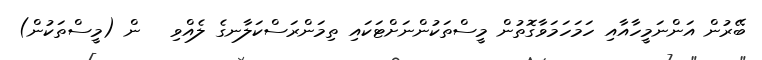
ބޭރުން އަންނަމީހާއާއި ހަމަހަމަވާގޮތުން މީސްތަކުންނަށްޓަކައި ތިމަންރަސްކަލާނގެ ލެއްވި   ން (މީސްތަކުން)